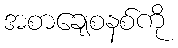
အစာချေစနစ်ကို